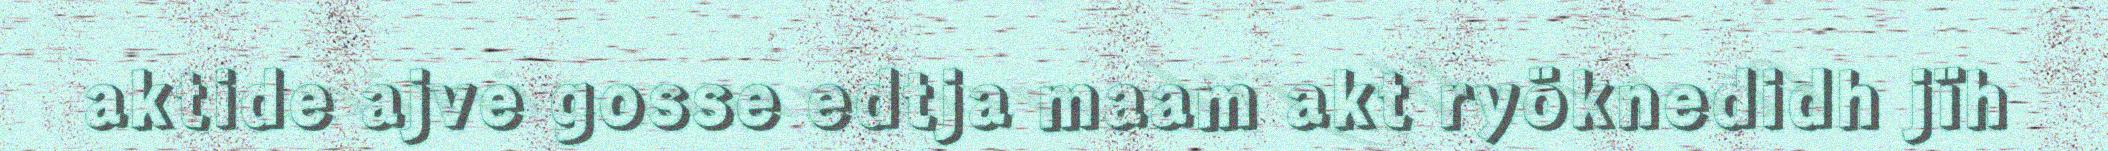
aktide ajve gosse edtja maam akt ryöknedidh jïh